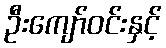
ဦးကျော်ဝင်းနှင့်